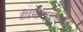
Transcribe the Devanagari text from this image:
डीइंस्टीट्यूनलाइजोन